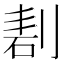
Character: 剨